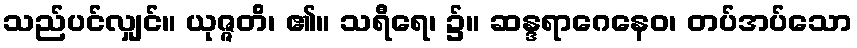
သည်ပင်လျှင်။ ယုဇ္ဇတိ၊ ၏။ သရီရေ၊ ၌။ ဆန္ဒရာဂေနေဝ၊ တပ်အပ်သော